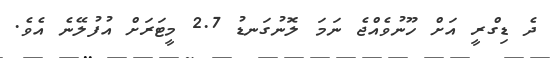
ދެ ޑިގްރީ އަށް ހޫނުވެއްޖެ ނަމަ ލޮނުގަނޑު 2.7 މީޓަރަށް އުފުލޭނެ އެވެ.